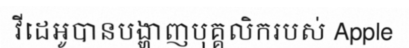
វីដេអូបានបង្ហាញបុគ្គលិករបស់ Apple